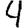
Digit: 4